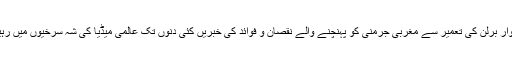
دیوارِ برلن کی تعمیر سے مغربی جرمنی کو پہنچنے والے نقصان و فوائد کی خبریں کئی دنوں تک عالمی میڈیا کی شہ سرخیوں میں رہیں۔